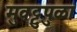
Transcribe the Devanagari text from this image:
मुवट्टुपुळा